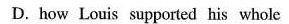
D.how Louis supported his whole